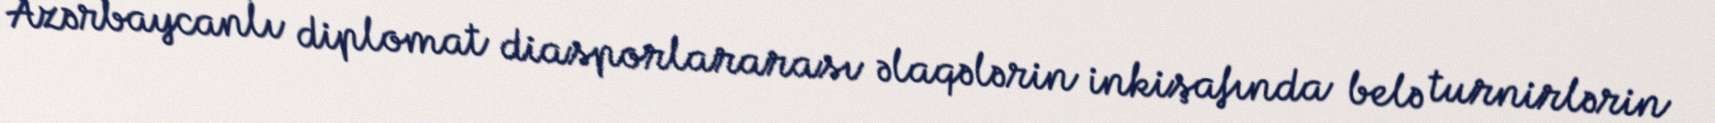
Azərbaycanlı diplomat diasporlararası əlaqələrin inkişafında belə turnirlərin